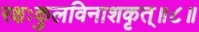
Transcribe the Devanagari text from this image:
रक्षःकुलविनाशकृत्‌॥८॥